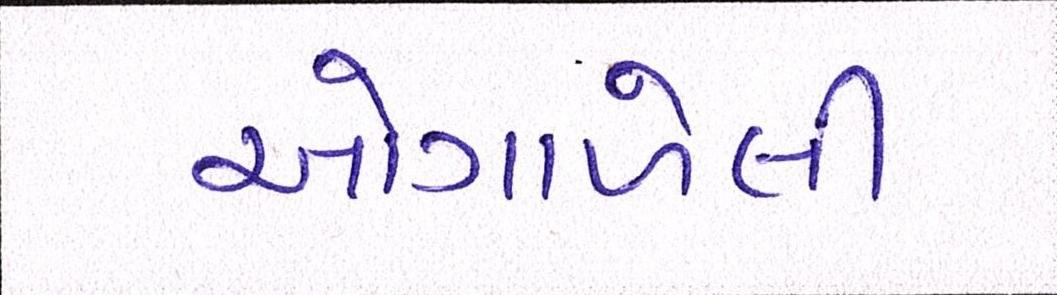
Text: ઓગાળેલી